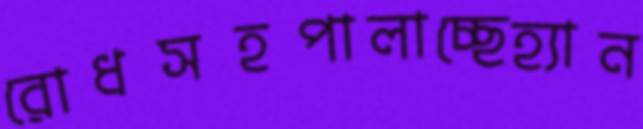
রোধসহপালাচ্ছেহ্যান